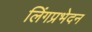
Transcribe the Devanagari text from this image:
लिंगप्रभेदन